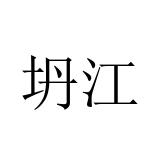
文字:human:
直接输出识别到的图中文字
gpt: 坍江